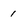
Character: 1